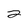
Character: 2